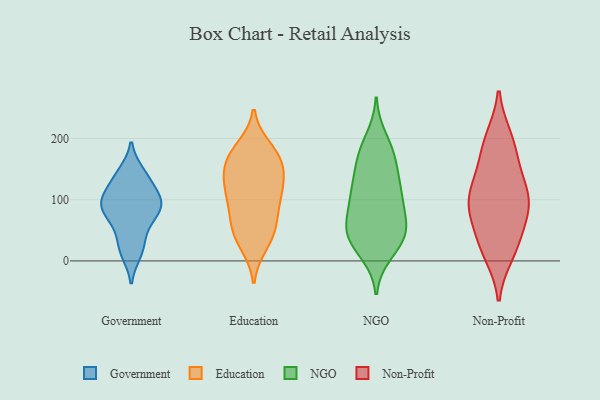
{"axis": {"x": "Headcount", "y": "Value"}, "legend": ["Education", "Government", "NGO", "Non-Profit"], "data": [{"x": "", "y": 133, "type": "Government"}, {"x": "", "y": 98, "type": "Government"}, {"x": "", "y": 145, "type": "Government"}, {"x": "", "y": 88, "type": "Government"}, {"x": "", "y": 12, "type": "Government"}, {"x": "", "y": 78, "type": "Government"}, {"x": "", "y": 30, "type": "Government"}, {"x": "", "y": 62, "type": "Government"}, {"x": "", "y": 111, "type": "Government"}, {"x": "", "y": 94, "type": "Government"}, {"x": "", "y": 42, "type": "Education"}, {"x": "", "y": 105, "type": "Education"}, {"x": "", "y": 64, "type": "Education"}, {"x": "", "y": 180, "type": "Education"}, {"x": "", "y": 159, "type": "Education"}, {"x": "", "y": 180, "type": "Education"}, {"x": "", "y": 58, "type": "Education"}, {"x": "", "y": 29, "type": "Education"}, {"x": "", "y": 125, "type": "Education"}, {"x": "", "y": 149, "type": "Education"}, {"x": "", "y": 111, "type": "Education"}, {"x": "", "y": 186, "type": "Education"}, {"x": "", "y": 110, "type": "Education"}, {"x": "", "y": 161, "type": "Education"}, {"x": "", "y": 61, "type": "Education"}, {"x": "", "y": 110, "type": "Education"}, {"x": "", "y": 153, "type": "Education"}, {"x": "", "y": 141, "type": "Education"}, {"x": "", "y": 25, "type": "Education"}, {"x": "", "y": 83, "type": "Education"}, {"x": "", "y": 49, "type": "NGO"}, {"x": "", "y": 95, "type": "NGO"}, {"x": "", "y": 40, "type": "NGO"}, {"x": "", "y": 13, "type": "NGO"}, {"x": "", "y": 48, "type": "NGO"}, {"x": "", "y": 127, "type": "NGO"}, {"x": "", "y": 117, "type": "NGO"}, {"x": "", "y": 47, "type": "NGO"}, {"x": "", "y": 116, "type": "NGO"}, {"x": "", "y": 110, "type": "NGO"}, {"x": "", "y": 153, "type": "NGO"}, {"x": "", "y": 175, "type": "NGO"}, {"x": "", "y": 89, "type": "NGO"}, {"x": "", "y": 38, "type": "NGO"}, {"x": "", "y": 169, "type": "NGO"}, {"x": "", "y": 200, "type": "NGO"}, {"x": "", "y": 20, "type": "NGO"}, {"x": "", "y": 177, "type": "NGO"}, {"x": "", "y": 72, "type": "NGO"}, {"x": "", "y": 53, "type": "NGO"}, {"x": "", "y": 80, "type": "Non-Profit"}, {"x": "", "y": 124, "type": "Non-Profit"}, {"x": "", "y": 104, "type": "Non-Profit"}, {"x": "", "y": 26, "type": "Non-Profit"}, {"x": "", "y": 200, "type": "Non-Profit"}, {"x": "", "y": 101, "type": "Non-Profit"}, {"x": "", "y": 196, "type": "Non-Profit"}, {"x": "", "y": 89, "type": "Non-Profit"}, {"x": "", "y": 146, "type": "Non-Profit"}, {"x": "", "y": 97, "type": "Non-Profit"}, {"x": "", "y": 23, "type": "Non-Profit"}, {"x": "", "y": 57, "type": "Non-Profit"}, {"x": "", "y": 12, "type": "Non-Profit"}, {"x": "", "y": 173, "type": "Non-Profit"}]}